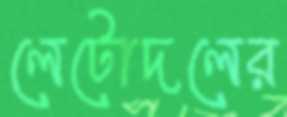
লেটোদলের